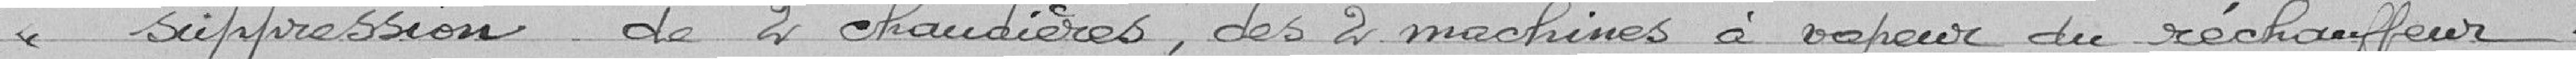
"suppression de 2 chaudières, des 2 machines à vapeur du réchauffeur.